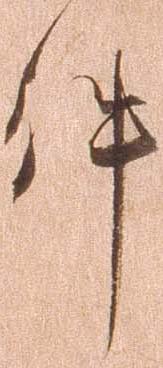
件